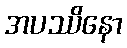
အပဿိနော